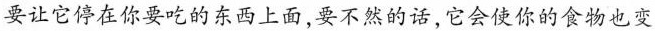
要让它停在你要吃的东西上面，要不然的话，它会使你的食物也变